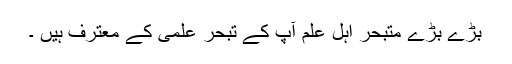
بڑے بڑے متبحر اہل علم آپ کے تبحر علمی کے معترف ہیں ۔